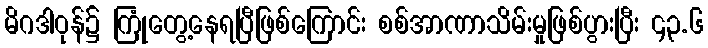
မိဂဒါဝုန်၌ ကြုံတွေ့နေရပြီဖြစ်ကြောင်း စစ်အာဏာသိမ်းမှုဖြစ်ပွားပြီး ၄၃.၆